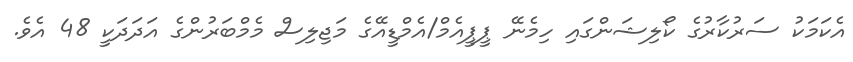
އެކަމަކު ސަރުކާރުގެ ކޯލިޝަންގައި ހިމެނޭ ޕީޕީއެމް/އެމްޑީއޭގެ މަޖިލިސް މެމްބަރުންގެ އަދަދަކީ 48 އެވެ.